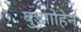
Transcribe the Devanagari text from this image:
बुड़गोहेन